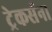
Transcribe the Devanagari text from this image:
ट्रेकर्सना